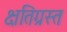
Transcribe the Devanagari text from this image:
क्षतिग्रस्‍त